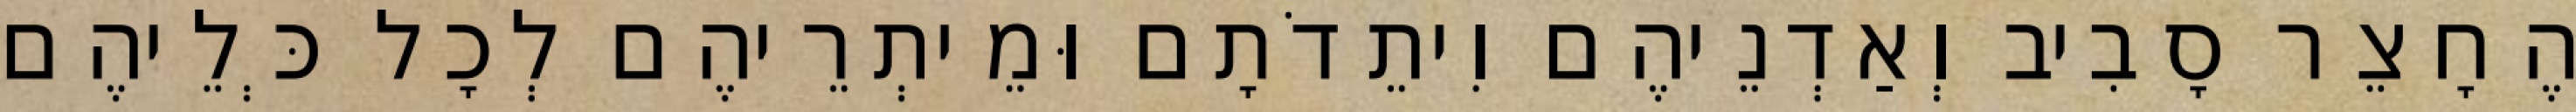
הֶחָצֵר סָבִיב וְאַדְנֵיהֶם וִיתֵדֹתָם וּמֵיתְרֵיהֶם לְכָל כְּלֵיהֶם